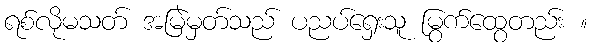
ရစ်လိုမသတ် အမြဲမှတ်သည် ပညပ်ရှေးသူ မြွက်ထွေတည်း ။